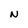
Character: N